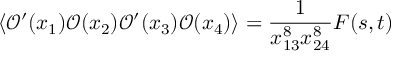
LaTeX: \langle { \mathcal O } ^ { \prime } ( x _ { 1 } ) { \mathcal O } ( x _ { 2 } ) { \mathcal O } ^ { \prime } ( x _ { 3 } ) { \mathcal O } ( x _ { 4 } ) \rangle = \frac { 1 } { x _ { 1 3 } ^ { 8 } x _ { 2 4 } ^ { 8 } } F ( s , t )